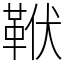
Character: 𩊙